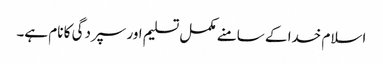
اسلام خدا کے سامنے مکمل تسلیم اور سپردگی کا نام ہے۔